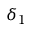
\delta _ { 1 }